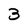
Character: 3